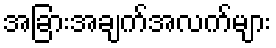
အခြားအချက်အလက်များ